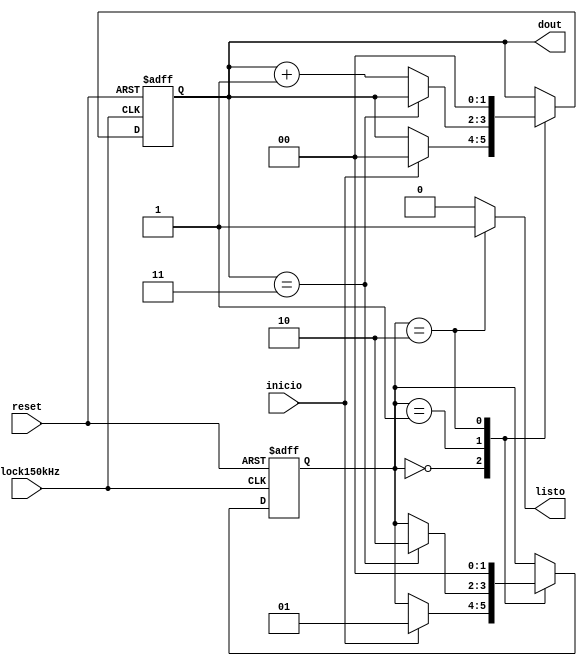
`timescale 1ns / 1ps
//////////////////////////////////////////////////////////////////////////////////
// Company: 
// Engineer: 
// 
// Design Name: 
// Module Name:    Control 
// Project Name: 
// Target Devices: 
// Tool versions: 
// Description: 
//
// Dependencies: 
//
// Revision: 
// Revision 0.01 - File Created
// Additional Comments: 
//
//////////////////////////////////////////////////////////////////////////////////
module Control #(parameter width =2)
	(input wire clock150kHz,reset,
	input wire inicio,
	output wire [width-1:0] dout,
	output listo
    );
	 
	 //symbolic state declaration
	 
	 localparam [1:0]
	 checkeo = 2'b00,
	 contador  = 2'b01,
	 cargar = 2'b10;
	 
	 //Signal declaration
	 
	 reg [1:0] state_reg, state_next;
	 reg [1:0] cont,cont_sig;
	 reg done;
	
	 
	//====================================================
	//FSMD
	//====================================================
	//FSMD state & data registers

		always @ (posedge clock150kHz, posedge reset)
			if (reset)
				begin
					state_reg <= checkeo;
					cont <= 0;
				end
			else
				begin
					state_reg <= state_next;
					cont <= cont_sig;
				end
				
	// FSMD next-state logic
	always @*
		begin 
			state_next = state_reg;
			cont_sig = cont;
		
			done = 0;
			case (state_reg)
				checkeo:
					if (inicio )
						begin 
							cont_sig = 2'b0;
							state_next = contador;
						end
				contador: //8 data + 1 parity + 1 stop
					if (cont==3)
						state_next = cargar;
					else
						cont_sig = cont + 1;
					cargar: // 1 extra clock to complete the last shift
						begin
							state_next = checkeo;
							done = 1;
							cont_sig = 0;
						end
				endcase
			end
			
			//output
			
			assign dout = cont; // data bits
			assign listo = done;

endmodule